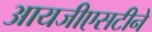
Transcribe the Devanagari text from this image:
आयजीएसटीने